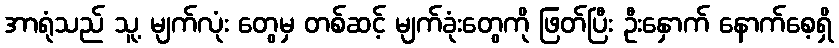
အာရုံသည် သူ့ မျက်လုံး တွေမှ တစ်ဆင့် မျက်ခုံးတွေကို ဖြတ်ပြီး ဦးနှောက် နောက်စေ့ရှိ